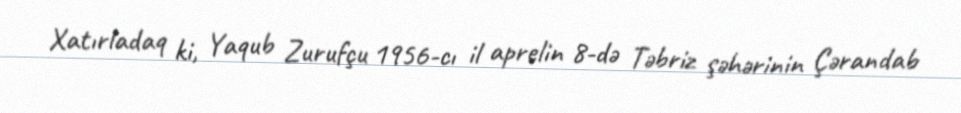
Xatırladaq ki, Yaqub Zurufçu 1956-cı il aprelin 8-də Təbriz şəhərinin Çərandab